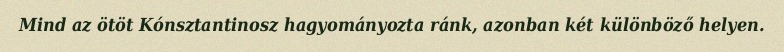
Mind az ötöt Kónsztantinosz hagyományozta ránk, azonban két különböző helyen.